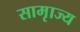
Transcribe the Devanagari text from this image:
सामृाज्य